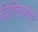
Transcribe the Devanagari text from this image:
द्रिष्तिकोण